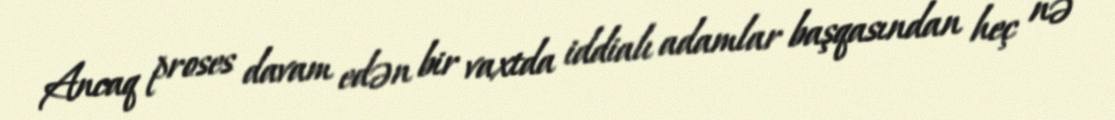
Ancaq proses davam edən bir vaxtda iddialı adamlar başqasından heç nə